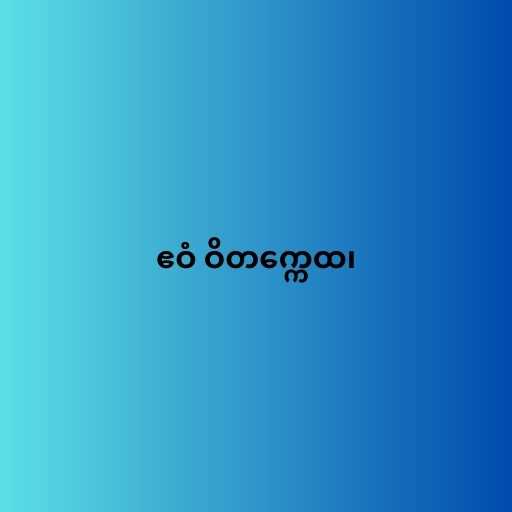
ဧဝံ ဝိတက္ကေထ၊